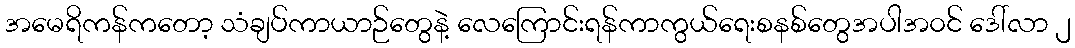
အမေရိကန်ကတော့ သံချပ်ကာယာဉ်တွေနဲ့ လေကြောင်းရန်ကာကွယ်ရေးစနစ်တွေအပါအ၀င် ဒေါ်လာ ၂